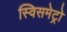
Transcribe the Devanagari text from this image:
स्विसमेट्रो